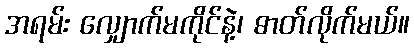
အရမ်း လျှောက်မကိုင်နဲ့၊ ဓာတ်လိုက်မယ်။